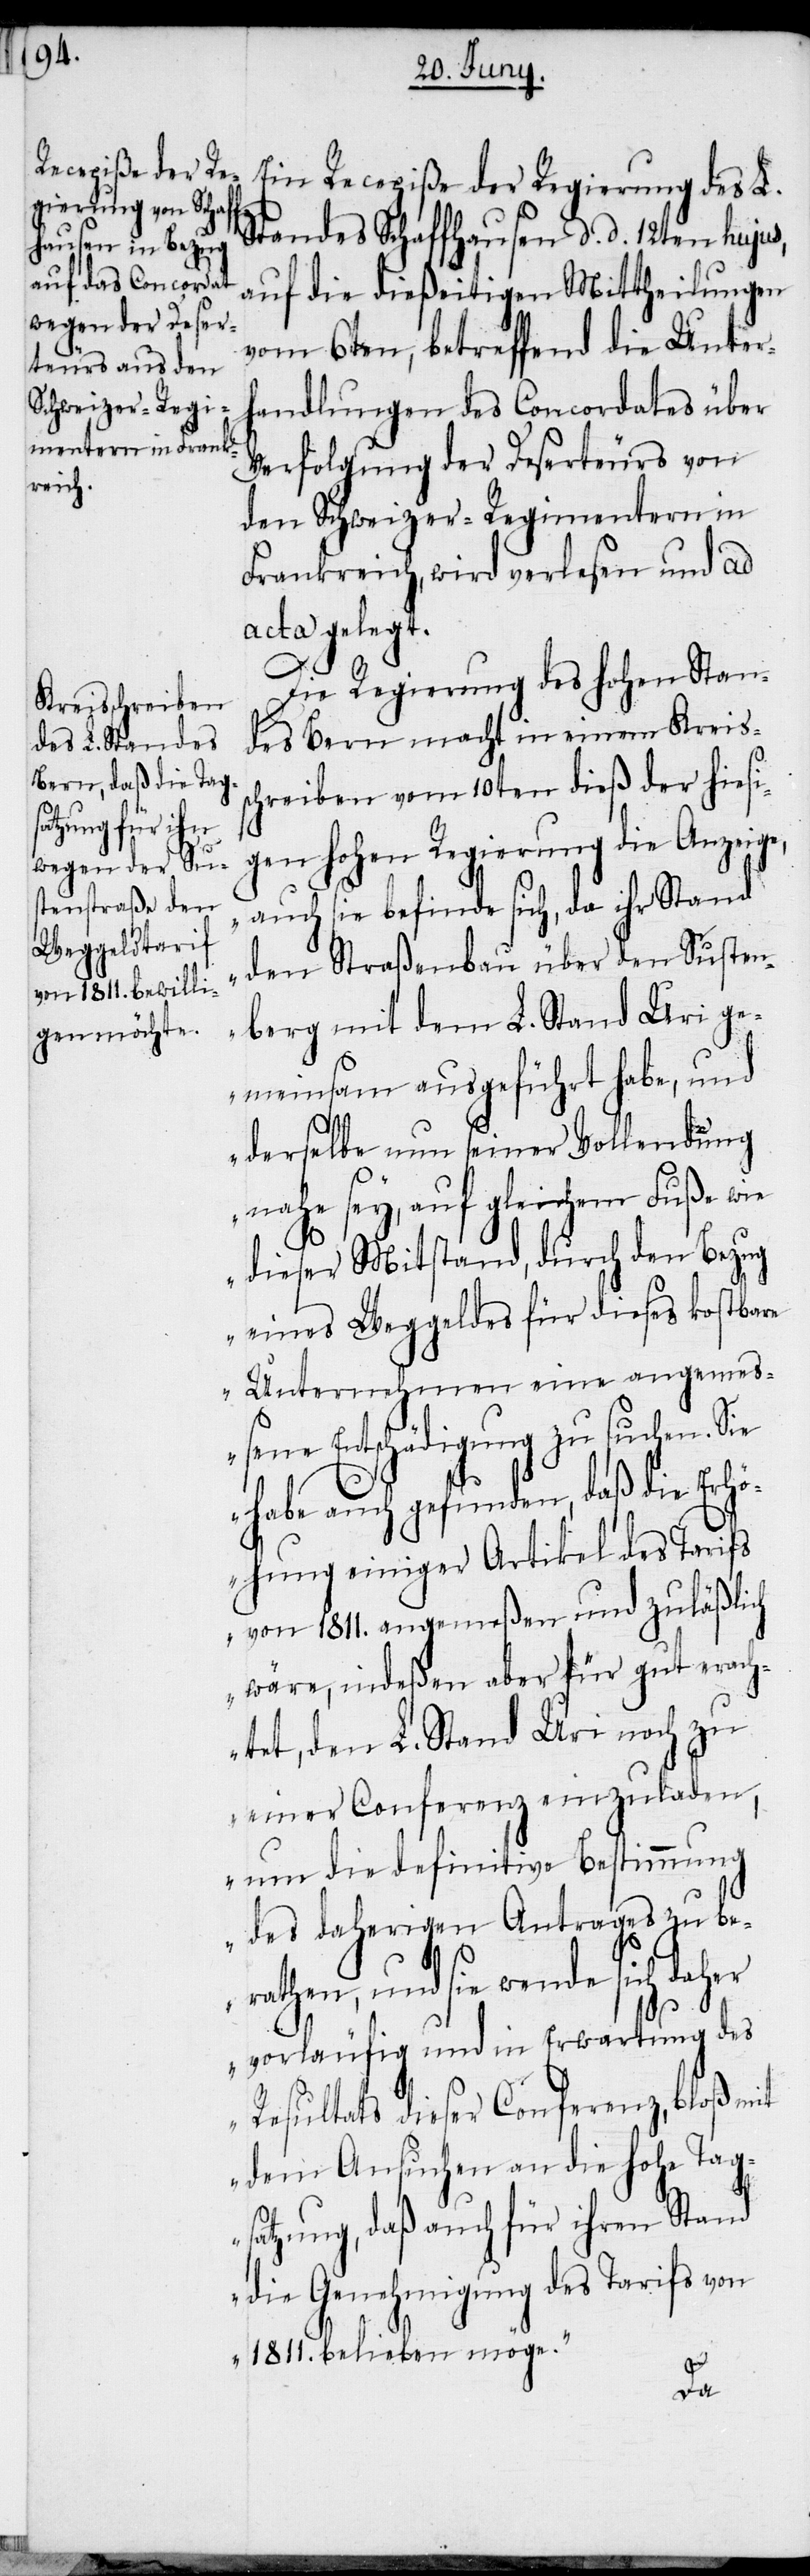
Ein Recepiße der Regierung des L.
Standes Schaffhausen d. d. 12ten hujus,
auf die dießeitigen Mittheilungen
vom 6ten, betreffend die Unter¬
handlungen des Concordates über
Verfolgung der Deserteurs von
den Schweizer-Regimentern in
Frankreich, wird verlesen und ad
acta gelegt.
Die Regierung des hohen Stan¬
des Bern macht in einem Kreiss¬
chreiben vom 10ten dieß der hiesi¬
gen hohen Regierung die Anzeige,
„auch sie befinde sich, da ihr Stand
den Straßenbau über den Susten¬
berg mit dem L. Stand Uri ge¬
meinsam ausgeführt habe, und
derselbe nun seiner Vollendung
nahe sey, auf gleichem Fuße wie
dieser Mitstand, durch den Bezug
eines Weggeldes für dieses kostbare
Unternehmen eine angemeß¬
ene Entschädigung zu suchen. Sie
habe auch gefunden, daß die Erhö¬
hung einiger Artikel des Tarifs
von 1811. angemeßen und zuläßlich
wäre, indeßen aber für gut erach¬
tet, den L. Stand Uri noch zu
einer Conferenz einzuladen,
um die definitive Bestimmung
des daherigen Antrages zu be¬
rathen, und sie wende sich daher
vorläufig und in Erwartung des
Resultats dieser Conferenz, bloß mit
dem Ansuchen an die hohe Tag¬
satzung, daß auch für ihren Stand
die Genehmigung des Tarifs von
1811. belieben möge.“